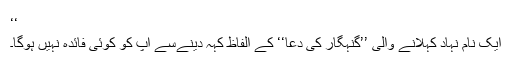
‘‘
ایک نام نہاد کہلانے والی ’’گنہگار کی دعا‘‘ کے الفاظ کہہ دینےسے آپ کو کوئی فائدہ نہیں ہوگا۔